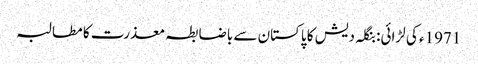
1971ء کی لڑائی: بنگلہ دیش کا پاکستان سے باضابطہ معذرت کا مطالبہ